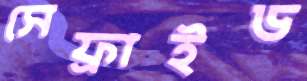
সেফ্রাইড